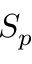
S _ { p }